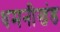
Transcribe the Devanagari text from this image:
धमनीखंड